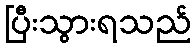
ပြီးသွားရသည်